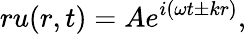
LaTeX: ru(r,t)=Ae^{i(\omega t\pm kr)},